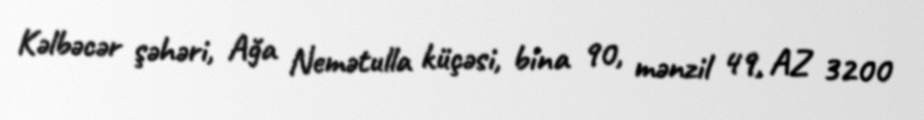
Kəlbəcər şəhəri, Ağa Nemətulla küçəsi, bina 90, mənzil 49, AZ 3200